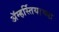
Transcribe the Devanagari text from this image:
ॲम्हर्स्तियाच्या